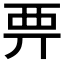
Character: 𧟦